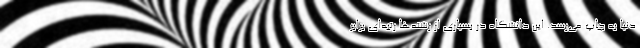
دنیا به چاپ می‌رسد. این دانشگاه در بسیاری از رشته‌ها رتبه‌ای برابر